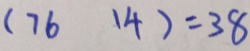
( 7 6 1 4 ) = 3 8